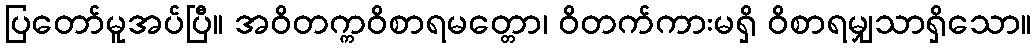
ပြတော်မူအပ်ပြီ။ အဝိတက္ကဝိစာရမတ္တော၊ ဝိတက်ကားမရှိ ဝိစာရမျှသာရှိသော။